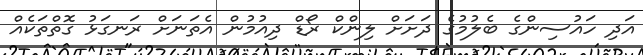
އަދި ހައުސިންގެ ބެލުމުގެ ދަށަށް ލިންކް ރޯޑް ދިއުމުން އެތަނަަށް ރަނގަޅު ގޮތްތަކެއް